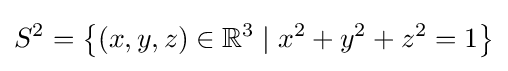
S^{2}=\left\{(x,y,z)\in \mathbb {R} ^{3}\mid x^{2}+y^{2}+z^{2}=1\right\}